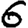
Digit: 6